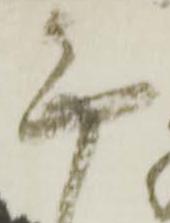
無